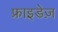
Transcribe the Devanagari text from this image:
फ्राइडेज़